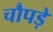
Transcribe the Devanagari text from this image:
चौपड़े